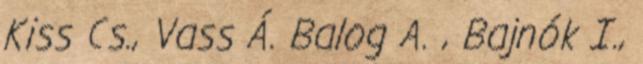
Kiss Cs., Vass Á. Balog A. , Bajnók I.,